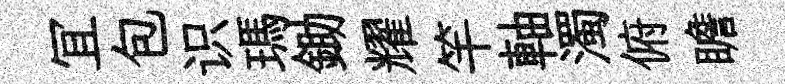
冝包识瑪鋤耀竿軸濁俯瞻